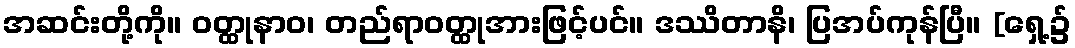
အဆင်းတို့ကို။ ဝတ္ထုနာဝ၊ တည်ရာဝတ္ထုအားဖြင့်ပင်။ ဒဿိတာနိ၊ ပြအပ်ကုန်ပြီ။ [ရှေ့၌